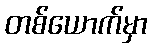
တစ်ယောက်မှာ